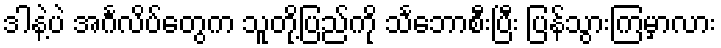
ဒါနဲ့ပဲ အင်္ဂလိပ်တွေက သူတို့ပြည်ကို သင်္ဘောစီးပြီး ပြန်သွားကြမှာလား